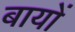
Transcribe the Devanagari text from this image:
बायों